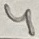
Text: 4